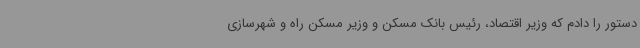
دستور را دادم که وزیر اقتصاد، رئیس بانک مسکن و وزیر مسکن راه و شهرسازی